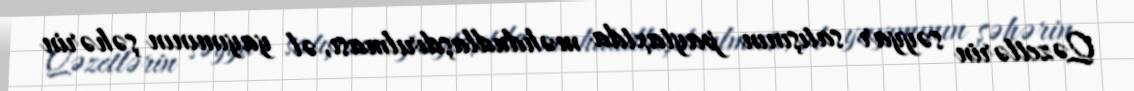
Qəzetlərin səyyar satışının paytaxtda məhdudlaşdırılması, əl yayımının şəhərin